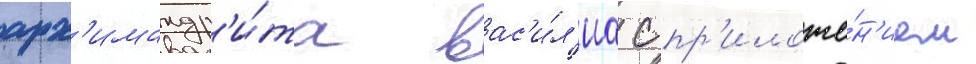
арх'имандр'и́та вас'и́л'иа с пр'иложе́н'ием